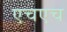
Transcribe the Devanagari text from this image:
एचएच